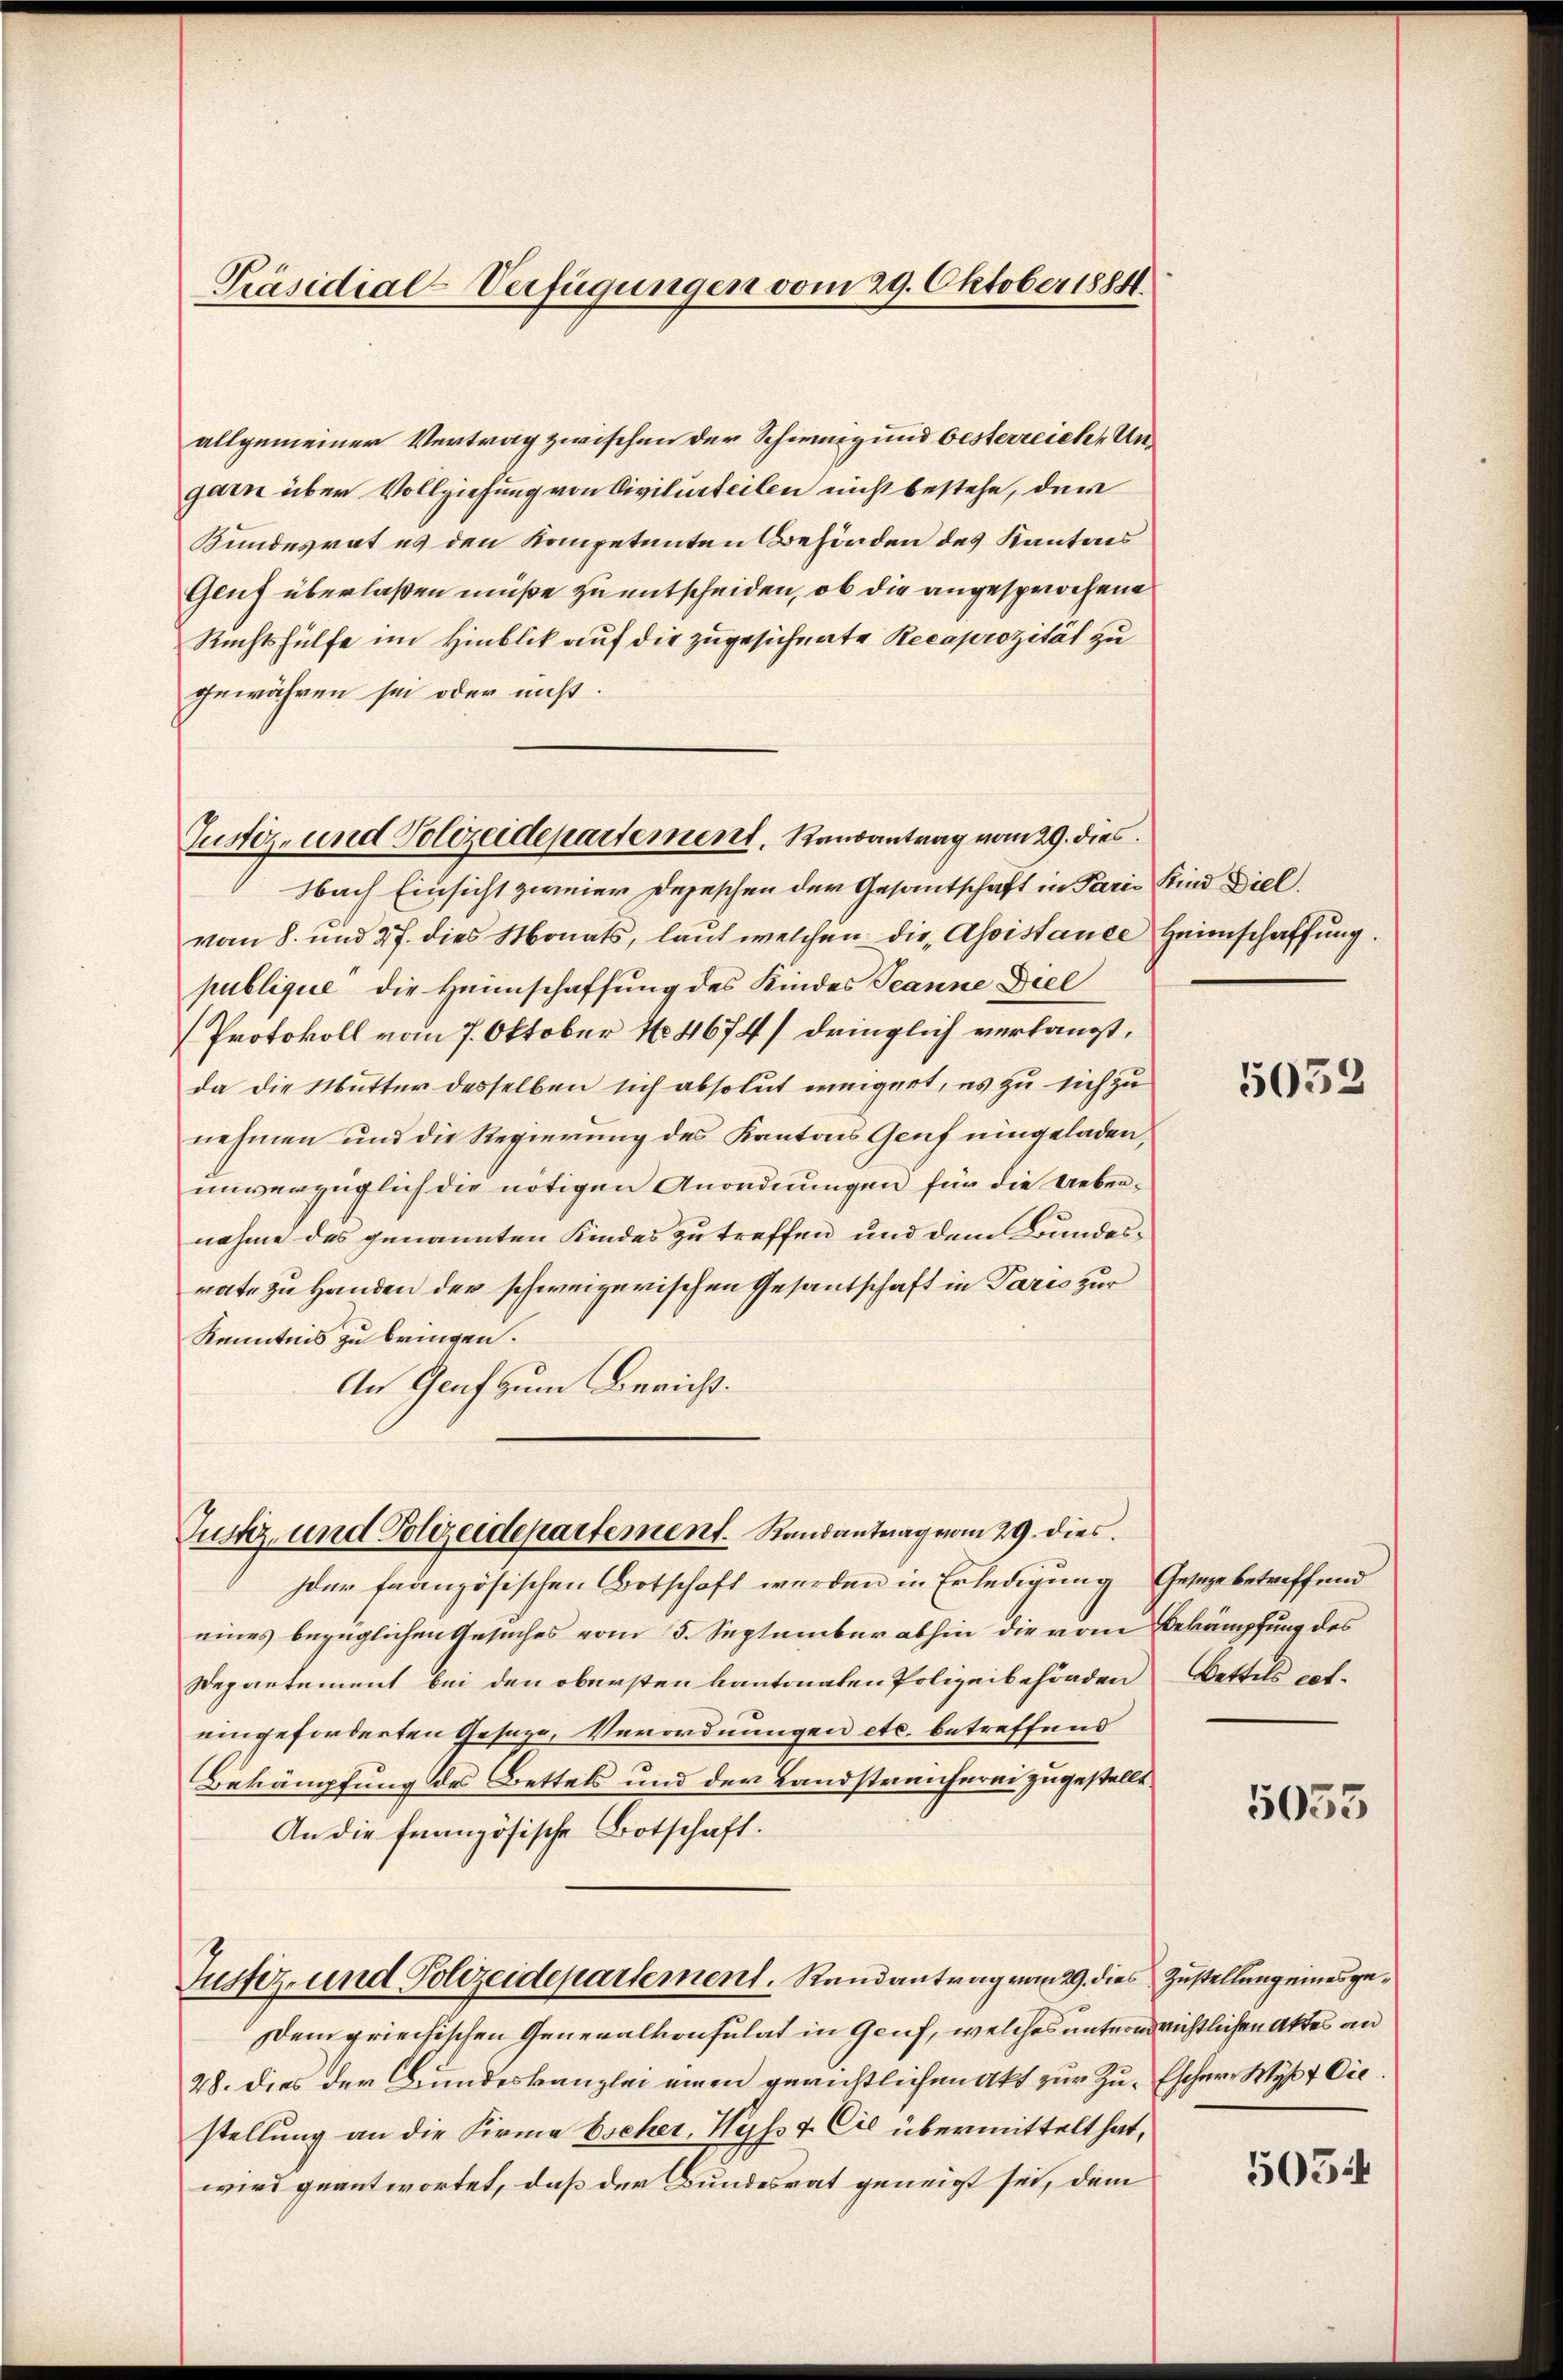
Präsidial-Verfügungen vom 29. Oktober 1884.

allgemeiner Vertrag zwischen der Schweiz und besterreiche Ungarn über Vollziehung von Civilurteilen nicht bestehe, dem
Bundesrat es den Kompetenten Behörden des Kantons
Geuf überlaßen müße zu entscheiden, ob die angesprochene
Rechtshülfe im Hinblik auf die zugesicherte Recaprozität zu
gewähren sei oder nicht.
Nach Einsicht zweier Depeschen der Gesantschaft in Paris Kind Diel.
vom 8. und 27. dies Monats, laut welchen die Assistance Heimschaffung.
publique, die Heimschaffung des Kindes Jeanne Diel
Protokoll vom 7. Oktober No 4674/ dringlich verlangt,
da die Mutter desselben sich absolut weigert, es zu sich zu
nehmen und die Regierung des Kantons Genf eingeladen,
unverzüglich die nötigen Anordnungen für die Uebernahme des genannten Kindes zu treffen und dem Bundesrate zu Handen der schweizerischen Gesandschaft in Paris zur
Kenntnis zu bringen.
An Graf zum Bericht.

Justiz- und Polizeidepartement, Randantrag vom 29. dies

Justiz- und Polizeidepartement. Randantrag vom 29. dies

der französischen Botschaft werden in Erledigung Gesage betreffend
eines bezüglichen Gesuches vom 5. September abhin die vom Bekämpfung des
Departement bei den obersten kantonaten Polizeibehörden Bettels coleingeforderten Geseze, Verordnungen etc. betreffend
Bekämpfung des Bettels und der Landstreicherei zugestellt
An die französische Botschaft.
Justiz- und Polizeidepartement. Randantrag vom 29. dies Zustellung eines ge¬
Dem griechischen Generalkonsulat in Genf, welches untern richtlichen Aktes an
28. dies der Bundeskanzlei einen gerichtlichen Akt zur Zu-Escherr Wyß & Cie.
stellung an die Firma Escher, Wyss 7. Cie übermittelt hat,
wird geantwortet, daß der Bundesrat geneigt sei, dem

5052

5053

5054